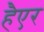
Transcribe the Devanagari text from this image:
हैएर